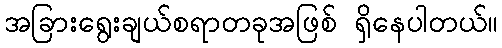
အခြားရွေးချယ်စရာတခုအဖြစ် ရှိနေပါတယ်။